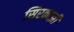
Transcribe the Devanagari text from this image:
सिरकाझी